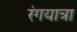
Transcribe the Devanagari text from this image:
रंगयात्रा